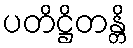
ပတိဋ္ဌိတန္တိ